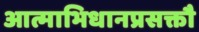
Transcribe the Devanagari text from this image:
आत्माभिधानप्रसक्तौ